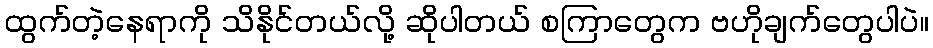
ထွက်တဲ့နေရာကို သိနိုင်တယ်လို့ ဆိုပါတယ် စကြာတွေက ဗဟိုချက်တွေပါပဲ။